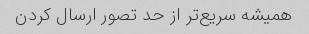
همیشه سریع‌تر از حد تصور ارسال کردن